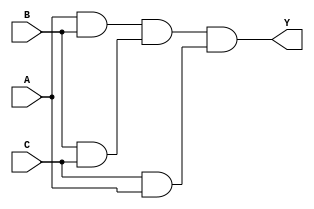
module three_input_and_gate (
    input A, 
    input B, 
    input C, 
    output Y
);

wire D, E, F;

assign D = A & B;
assign E = B & C;
assign F = C & A;

assign Y = D & E & F;

endmodule